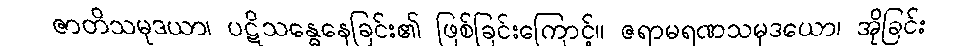
ဇာတိသမုဒယာ၊ ပဋိသန္ဓေနေခြင်း၏ ဖြစ်ခြင်းကြောင့်။ ဇရာမရဏသမုဒယော၊ အိုခြင်း